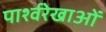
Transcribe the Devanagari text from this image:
पार्श्वरेखाओं